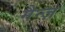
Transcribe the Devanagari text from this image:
मैन्ज़